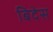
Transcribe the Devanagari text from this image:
बिदेस